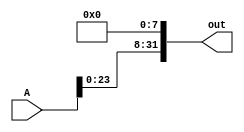
module lls8bit(A, out);

input [31:0] A;
output [31:0] out; 

assign out[31:8] = A[23:0];
assign out[0] = 0; 
assign out[1] = 0; 
assign out[2] = 0; 
assign out[3] = 0; 
assign out[4] = 0; 
assign out[5] = 0; 
assign out[6] = 0; 
assign out[7] = 0; 


endmodule